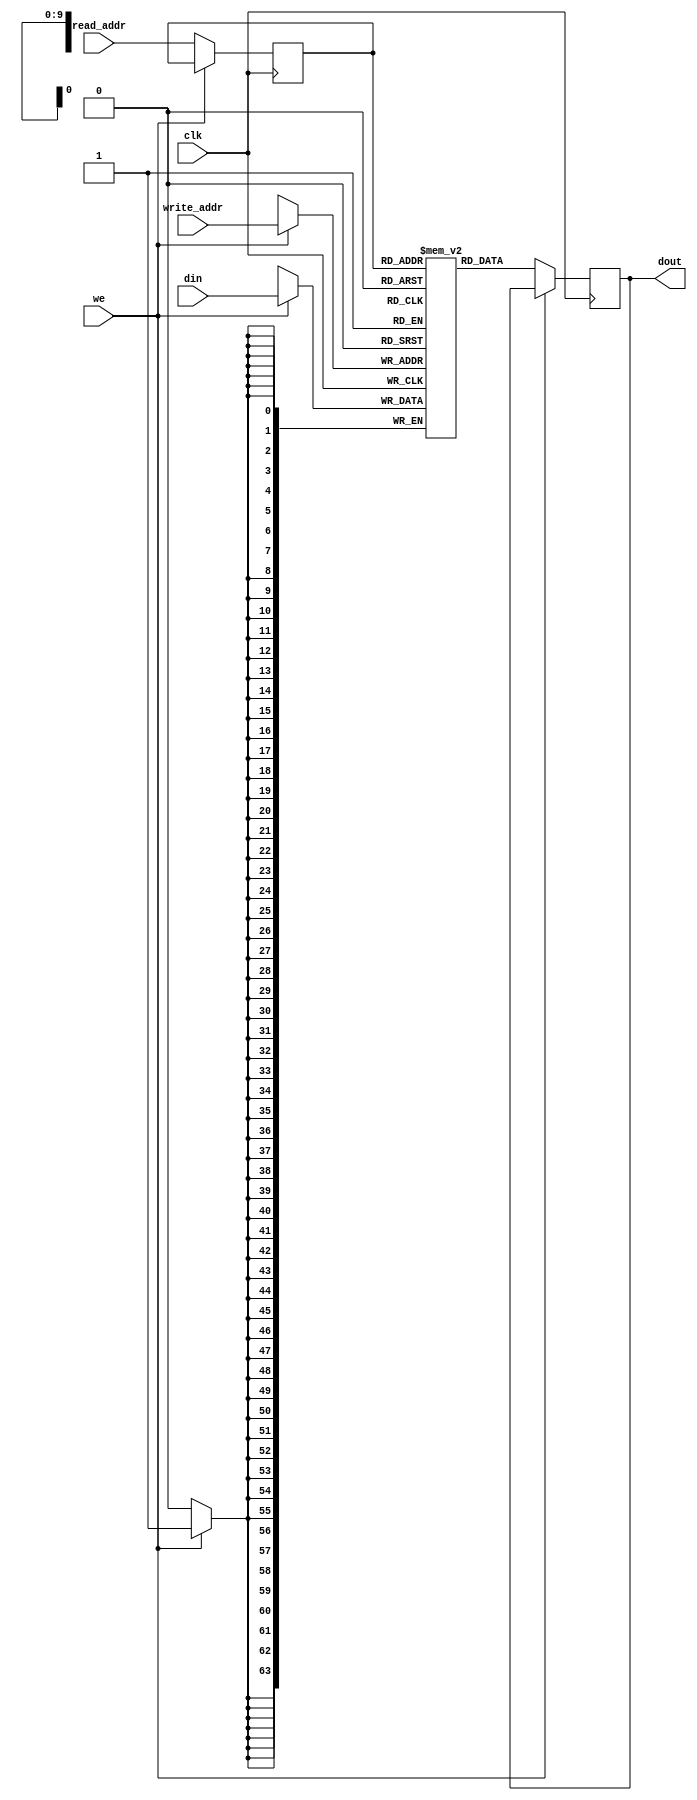
module ram_simple_dp_sync_reg_read_1024x64 (clk, we, read_addr, write_addr, din, dout);
    input clk, we;
    input [9:0] read_addr, write_addr;
    input [63:0] din;
    output reg [63:0] dout;
    
    reg [9:0] read_addr_reg;
    reg [63:0] ram [1023:0];

    always @(posedge clk)
    begin
        if (we) begin
            ram[write_addr] <= din;
            
        end
        else begin
            read_addr_reg <= read_addr;
            dout <= ram[read_addr_reg];
        end
    end


endmodule